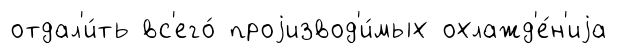
отдал'и́ть вс'его́ проjизвод'и́мых охлажд'е́н'иjа